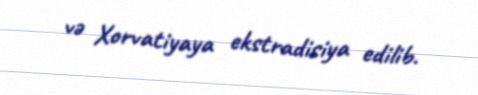
və Xorvatiyaya ekstradisiya edilib.